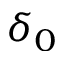
\delta _ { 0 }